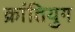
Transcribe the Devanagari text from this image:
क्रांतियुग